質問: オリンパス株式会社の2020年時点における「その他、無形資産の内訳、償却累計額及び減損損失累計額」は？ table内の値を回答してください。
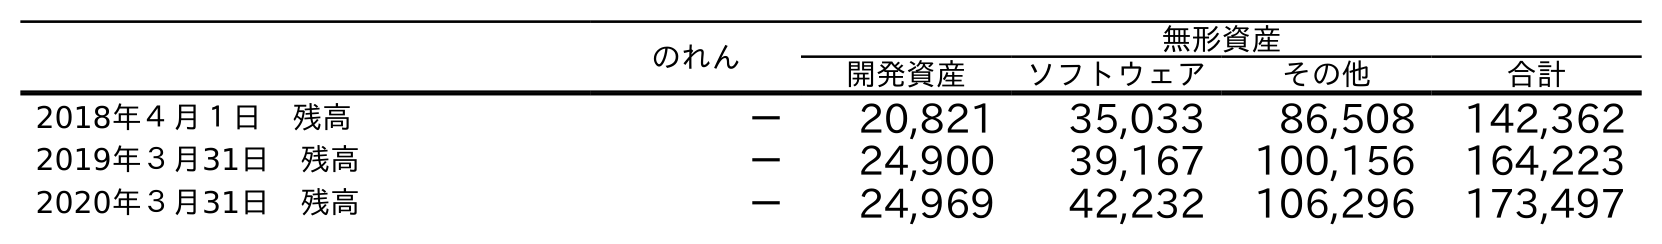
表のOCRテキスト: のれん 無形資産 開発資産 ソフトウェア その他 合計 2018年４月１日 残高 － 20,821 35,033 86,508 142,362 2019年３月31日 残高 － 24,900 39,167 100,156 164,223 2020年３月31日 残高 － 24,969 42,232 106,296 173,497
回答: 106,296